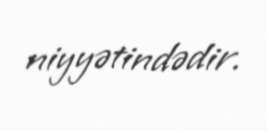
niyyətindədir.